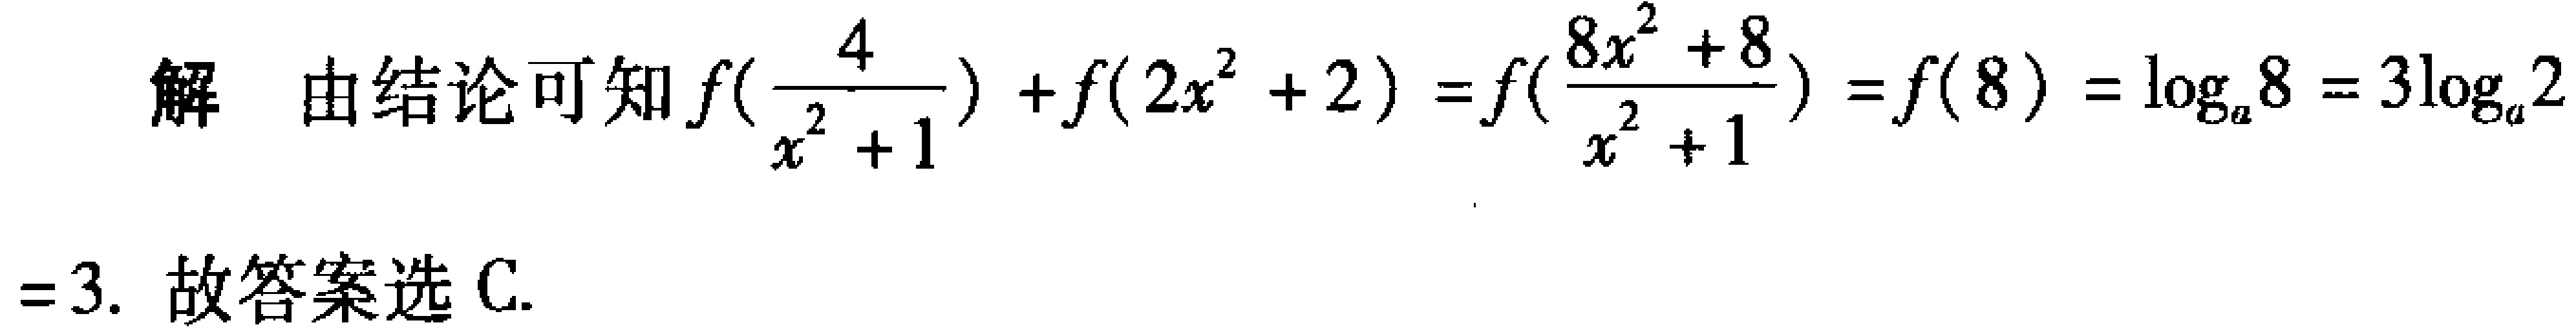
解 由结论可知\(f(\frac{4}{x^{2}+1}) + f(2x^{2}+2)=f(\frac{8x^{2}+8}{x^{2}+1}) = f(8)=\log_{a}8 = 3\log_{a}2=3.\) 故答案选C.